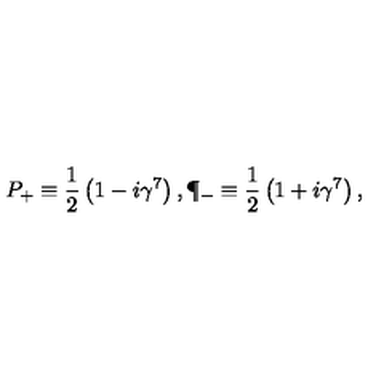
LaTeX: P _ { + } \equiv { \frac { 1 } { 2 } } \left( 1 - i \gamma ^ { 7 } \right) , \P _ { - } \equiv { \frac { 1 } { 2 } } \left( 1 + i \gamma ^ { 7 } \right) ,